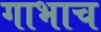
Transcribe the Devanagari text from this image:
गाभाच